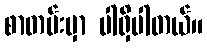
စာတမ်းမှာ ပါရှိပါတယ်။